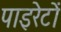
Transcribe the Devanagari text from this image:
पाइरेटों